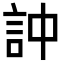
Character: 訲